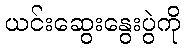
ယင်းဆွေးနွေးပွဲကို